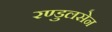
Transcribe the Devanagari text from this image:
रण्डुलसेन